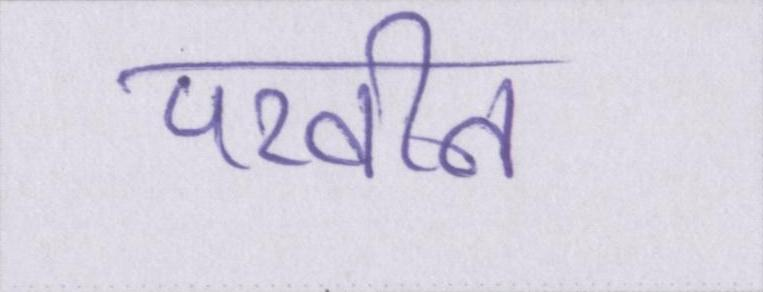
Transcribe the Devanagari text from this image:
परवीन